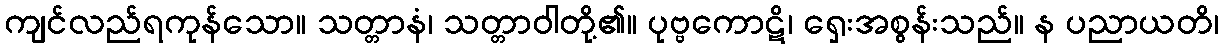
ကျင်လည်ရကုန်သော။ သတ္တာနံ၊ သတ္တာဝါတို့၏။ ပုဗ္ဗကောဋိ၊ ရှေးအစွန်းသည်။ န ပညာယတိ၊